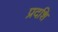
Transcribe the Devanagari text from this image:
प्रदशि